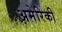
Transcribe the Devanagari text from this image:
अमेरिकी